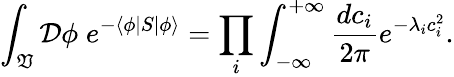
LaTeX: \int_{\mathfrak{V}}{\mathcal{{D}}}\phi\; e^{-\langle\phi|S|\phi\rangle}=\prod_{i}\int_{-\infty}^{+\infty}{\frac{{dc_{i}}}{{2\pi}}}e^{-\lambda_{i}c_{i}^{2}}.